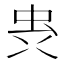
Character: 𮓼